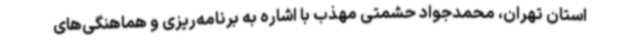
استان تهران، محمدجواد حشمتی مهذب با اشاره به برنامه‌ریزی و هماهنگی‌های